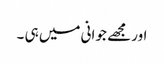
اور مجھے جوانی میں ہی ۔